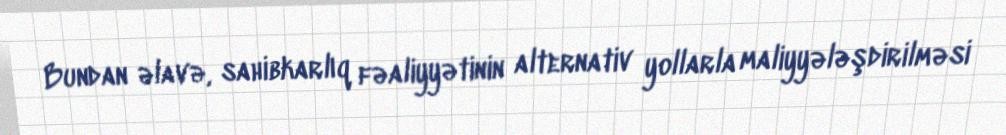
Bundan əlavə, sahibkarlıq fəaliyyətinin alternativ yollarla maliyyələşdirilməsi